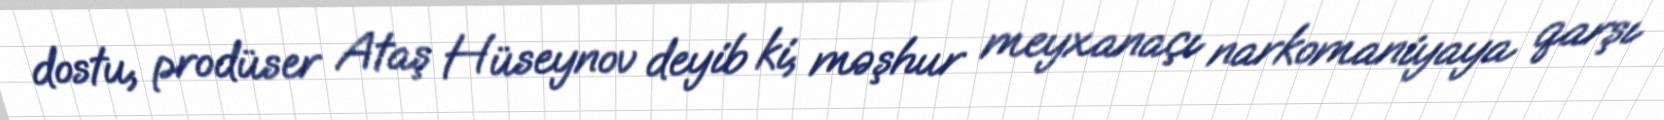
dostu, prodüser Ataş Hüseynov deyib ki, məşhur meyxanaçı narkomaniyaya qarşı